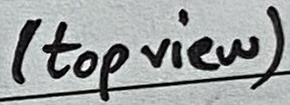
Text: (top view)